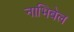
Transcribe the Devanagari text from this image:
नाभिबेल